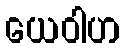
ယေဝါဟ